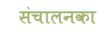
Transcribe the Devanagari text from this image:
संचालनका